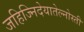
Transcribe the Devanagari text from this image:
जहिज्निदेयातेल्नोस्ती